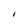
Character: 1